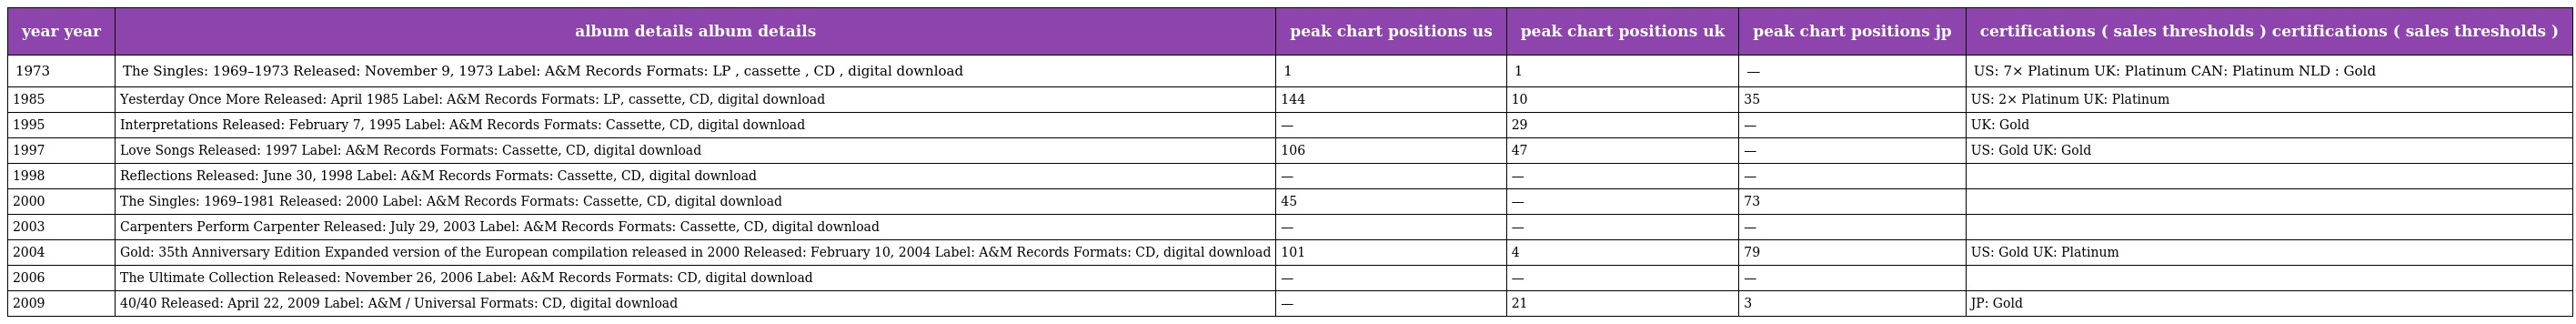
| year year | album details album details | peak chart positions us | peak chart positions uk | peak chart positions jp | certifications ( sales thresholds ) certifications ( sales thresholds ) |
 | --- | --- | --- | --- | --- | --- |
 | 1973 | The Singles: 1969–1973 Released: November 9, 1973 Label: A&M Records Formats: LP , cassette , CD , digital download | 1 | 1 | — | US: 7× Platinum UK: Platinum CAN: Platinum NLD : Gold |
 | 1985 | Yesterday Once More Released: April 1985 Label: A&M Records Formats: LP, cassette, CD, digital download | 144 | 10 | 35 | US: 2× Platinum UK: Platinum |
 | 1995 | Interpretations Released: February 7, 1995 Label: A&M Records Formats: Cassette, CD, digital download | — | 29 | — | UK: Gold |
 | 1997 | Love Songs Released: 1997 Label: A&M Records Formats: Cassette, CD, digital download | 106 | 47 | — | US: Gold UK: Gold |
 | 1998 | Reflections Released: June 30, 1998 Label: A&M Records Formats: Cassette, CD, digital download | — | — | — |  |
 | 2000 | The Singles: 1969–1981 Released: 2000 Label: A&M Records Formats: Cassette, CD, digital download | 45 | — | 73 |  |
 | 2003 | Carpenters Perform Carpenter Released: July 29, 2003 Label: A&M Records Formats: Cassette, CD, digital download | — | — | — |  |
 | 2004 | Gold: 35th Anniversary Edition Expanded version of the European compilation released in 2000 Released: February 10, 2004 Label: A&M Records Formats: CD, digital download | 101 | 4 | 79 | US: Gold UK: Platinum |
 | 2006 | The Ultimate Collection Released: November 26, 2006 Label: A&M Records Formats: CD, digital download | — | — | — |  |
 | 2009 | 40/40 Released: April 22, 2009 Label: A&M / Universal Formats: CD, digital download | — | 21 | 3 | JP: Gold |